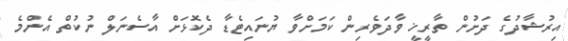
އިރުޝާދުގެ ދަށުން ތާރީޚީ ވާދަވެރިން ކަމަށްވާ ޔުނައިޓެޑާ ދެކޮޅަށް އާސެނަލް ނުކުތް އެންމެ